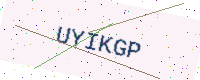
Text: UYIKGP